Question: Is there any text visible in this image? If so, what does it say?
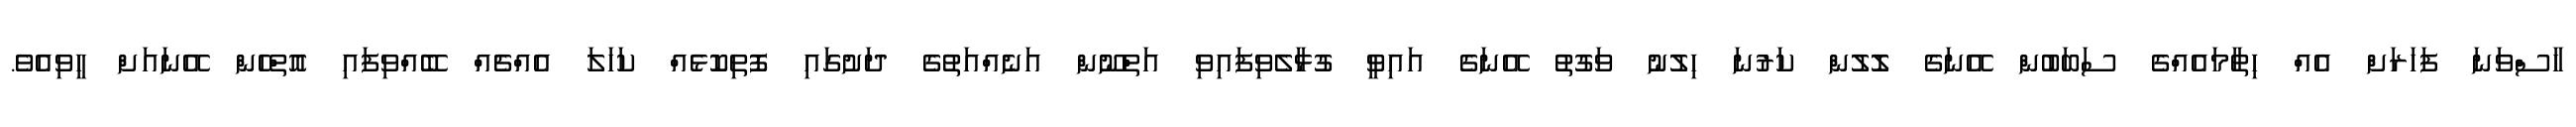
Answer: ހާސްވަނަ ފަހަރަށް އެއް ހިތާމައެއްގެ ސަބަބުން އޭނަގެ ލޮލުން ކަރުނަ ހިލުނު ވަގުތު އޭނަގެ އައިވީ ގުޅާލެވިފައިވި އަތްނޫން އަނެއްއަތުގެ ދަށުގައި ފޮތިކޮޅެއް ކަހަލަ އެއްޗެއް ބޭއްވިފައި އޮތްހެން އޭނައަށް ހީވިއެވެ.